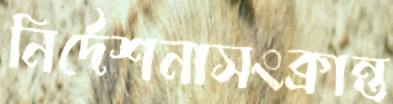
নির্দেশনাসংক্রান্ত